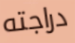
دراجته